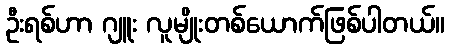
ဦးရစ်ဟာ ဂျူး လူမျိုးတစ်ယောက်ဖြစ်ပါတယ်။